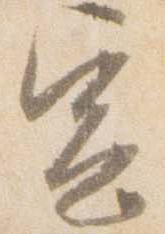
宣